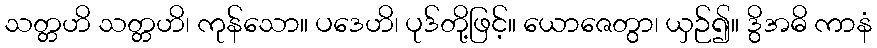
သတ္တဟိ သတ္တဟိ၊ ကုန်သော။ ပဒေဟိ၊ ပုဒ်တို့ဖြင့်။ ယောဇေတွာ၊ ယှဉ်၍။ ဒွိအဓိ ကာနံ